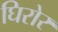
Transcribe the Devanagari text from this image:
घिरोर